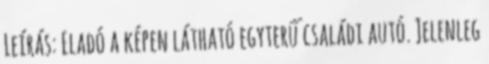
Leírás: Eladó a képen látható egyterű családi autó. Jelenleg